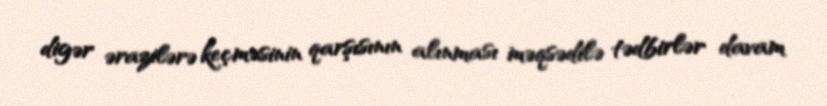
digər ərazilərə keçməsinin qarşısının alınması məqsədilə tədbirlər davam